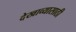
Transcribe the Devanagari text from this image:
देखाव्यासाठी